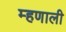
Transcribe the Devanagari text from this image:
म्‍हणाली